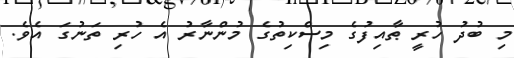
މި ބުދު ހުރީ ޠާއިފުގެ މިސްކިތުގެ މުންނާރު އެ ހުރި ތަނުގަ އެވެ.